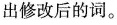
出修改后的词。